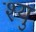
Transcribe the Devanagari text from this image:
श्यु